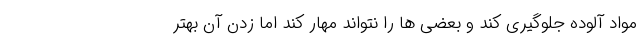
مواد آلوده جلوگیری کند و بعضی ها را نتواند مهار کند اما زدن آن بهتر